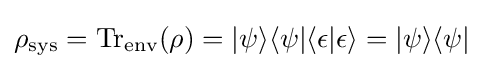
\rho _{\text{sys}}=\operatorname {Tr} _{\textrm {env}}(\rho )=|\psi \rangle \langle \psi |\langle \epsilon |\epsilon \rangle =|\psi \rangle \langle \psi |